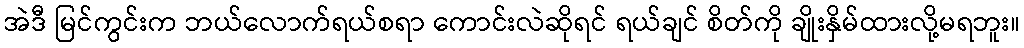
အဲဒီ မြင်ကွင်းက ဘယ်လောက်ရယ်စရာ ကောင်းလဲဆိုရင် ရယ်ချင် စိတ်ကို ချိုးနှိမ်ထားလို့မရဘူး။